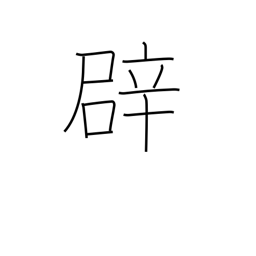
Meaning: false